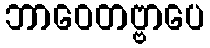
ဘာဝေတဗ္ဗာပေ